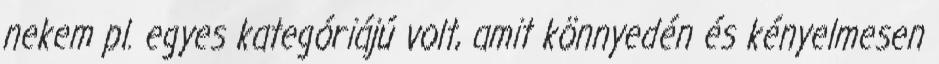
nekem pl. egyes kategóriájú volt, amit könnyedén és kényelmesen